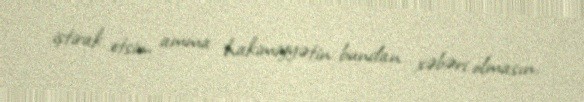
iştirak etsin, amma hakimiyyətin bundan xəbəri olmasın.